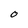
Character: O